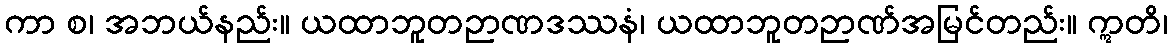
ကာ စ၊ အဘယ်နည်း။ ယထာဘူတဉာဏဒဿနံ၊ ယထာဘူတဉာဏ်အမြင်တည်း။ ဣတိ၊